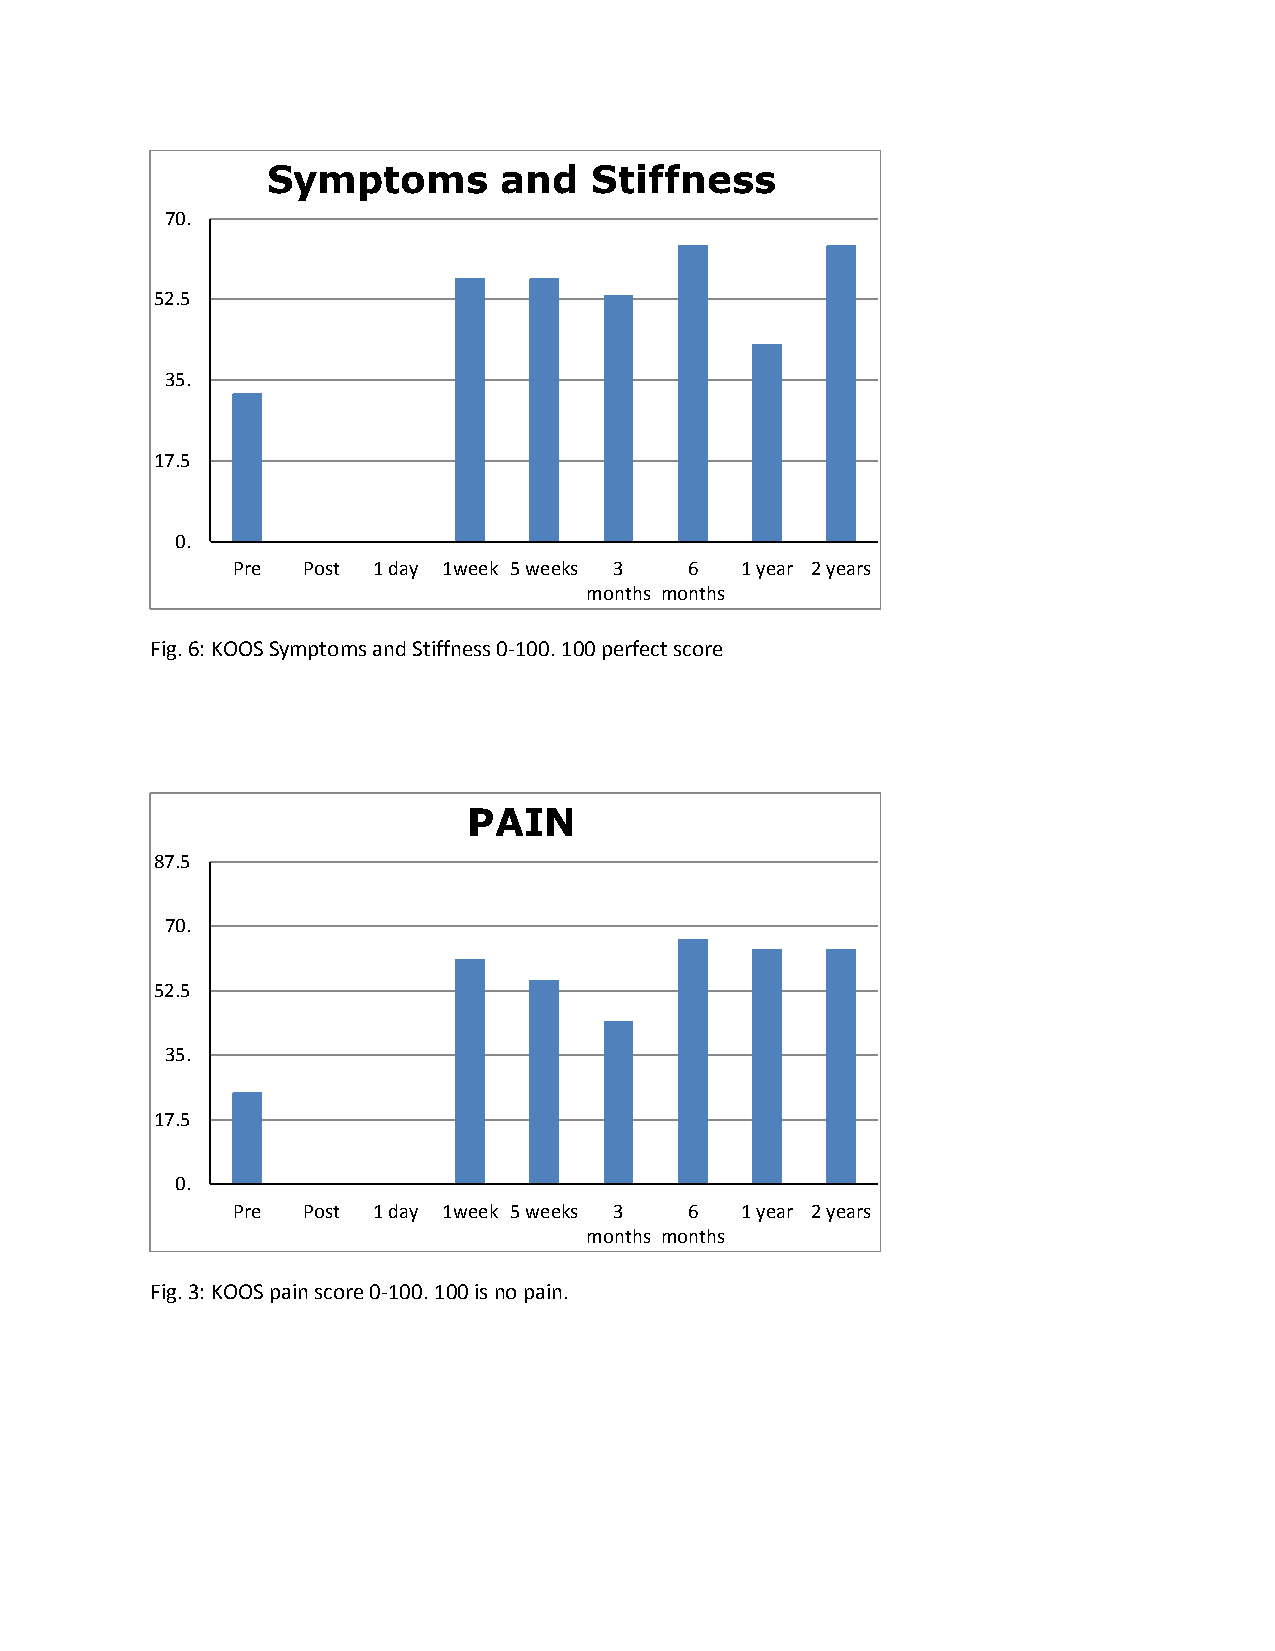
Symptoms       and   Stiffness
 70.
 52.5
 35.
 17.5
 0.
 Pre  Post 1 day 1week 5 weeks 3 6 1 year 2 years
 months months
 Fig. 6: KOOS Symptoms and Stiffness 0-100. 100 perfect score
 PAIN
 87.5
 70.
 52.5
 35.
 17.5
 0.
 Pre  Post 1 day 1week 5 weeks 3 6 1 year 2 years
 months months
 Fig. 3: KOOS pain score 0-100. 100 is no pain.